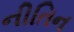
નીતિન